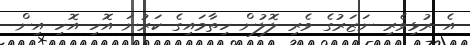
އެ ރުޅިވެރި ނަޒަރުގެ ވެރި ލޮލުން ހިތާމައިގެ ކަރުނަ އޮހި އޮހި އިން